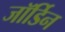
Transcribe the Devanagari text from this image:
जॉर्डिन